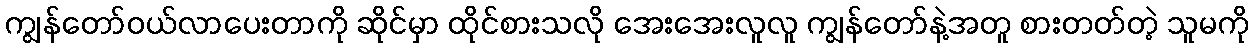
ကျွန်တော်ဝယ်လာပေးတာကို ဆိုင်မှာ ထိုင်စားသလို အေးအေးလူလူ ကျွန်တော်နဲ့အတူ စားတတ်တဲ့ သူမကို